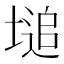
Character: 塠